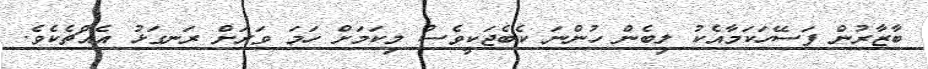
ބާޒާރުން ފަސޭހަކަމާއެކު ލިބެން ހުންނަ ކެބެޖަކީވެސް މިކަމަށް ހަމަ ވަރަށް ރަނގަޅު އެއްޗެކެވެ.